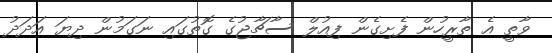
ވާތީ އެ ތާރީހުން ފެށިގެން ފިއުލް ސާޗާޖުގެ ގޮތުގައި ނަގަމުން ދިޔަ އަދަދު